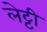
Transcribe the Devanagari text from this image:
लेट्टी